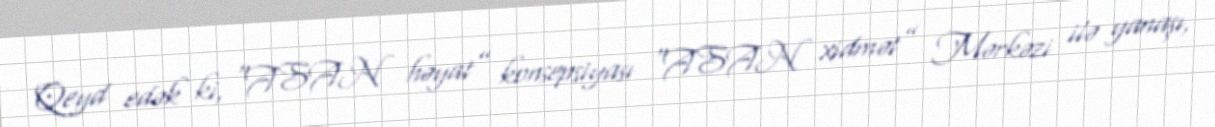
Qeyd edək ki, “ASAN həyat” konsepsiyası “ASAN xidmət” Mərkəzi ilə yanaşı,